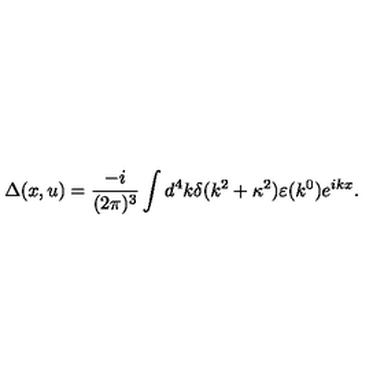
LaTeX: \Delta ( x , u ) = \frac { - i } { ( 2 \pi ) ^ { 3 } } \int d ^ { 4 } k \delta ( k ^ { 2 } + \kappa ^ { 2 } ) \varepsilon ( k ^ { 0 } ) e ^ { i k x } .